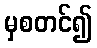
မှစတင်၍